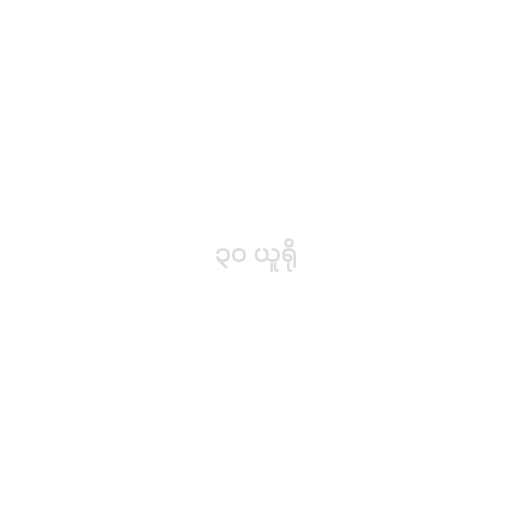
၃၀ ယူရို